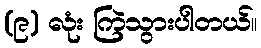
(၉) လုံး ကြဲသွားပါတယ်။